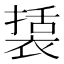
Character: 𮖔